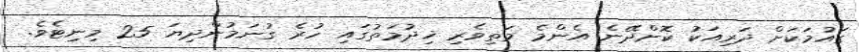
ގައުމަކަށް ދަރިއަކު ކޮށްދޭނެ އެންމެ މަތިވެރި ޚިދުމަތުގައި ހުރެ ގުނަމުންދިޔަ 25 މިނިޓެވެ.